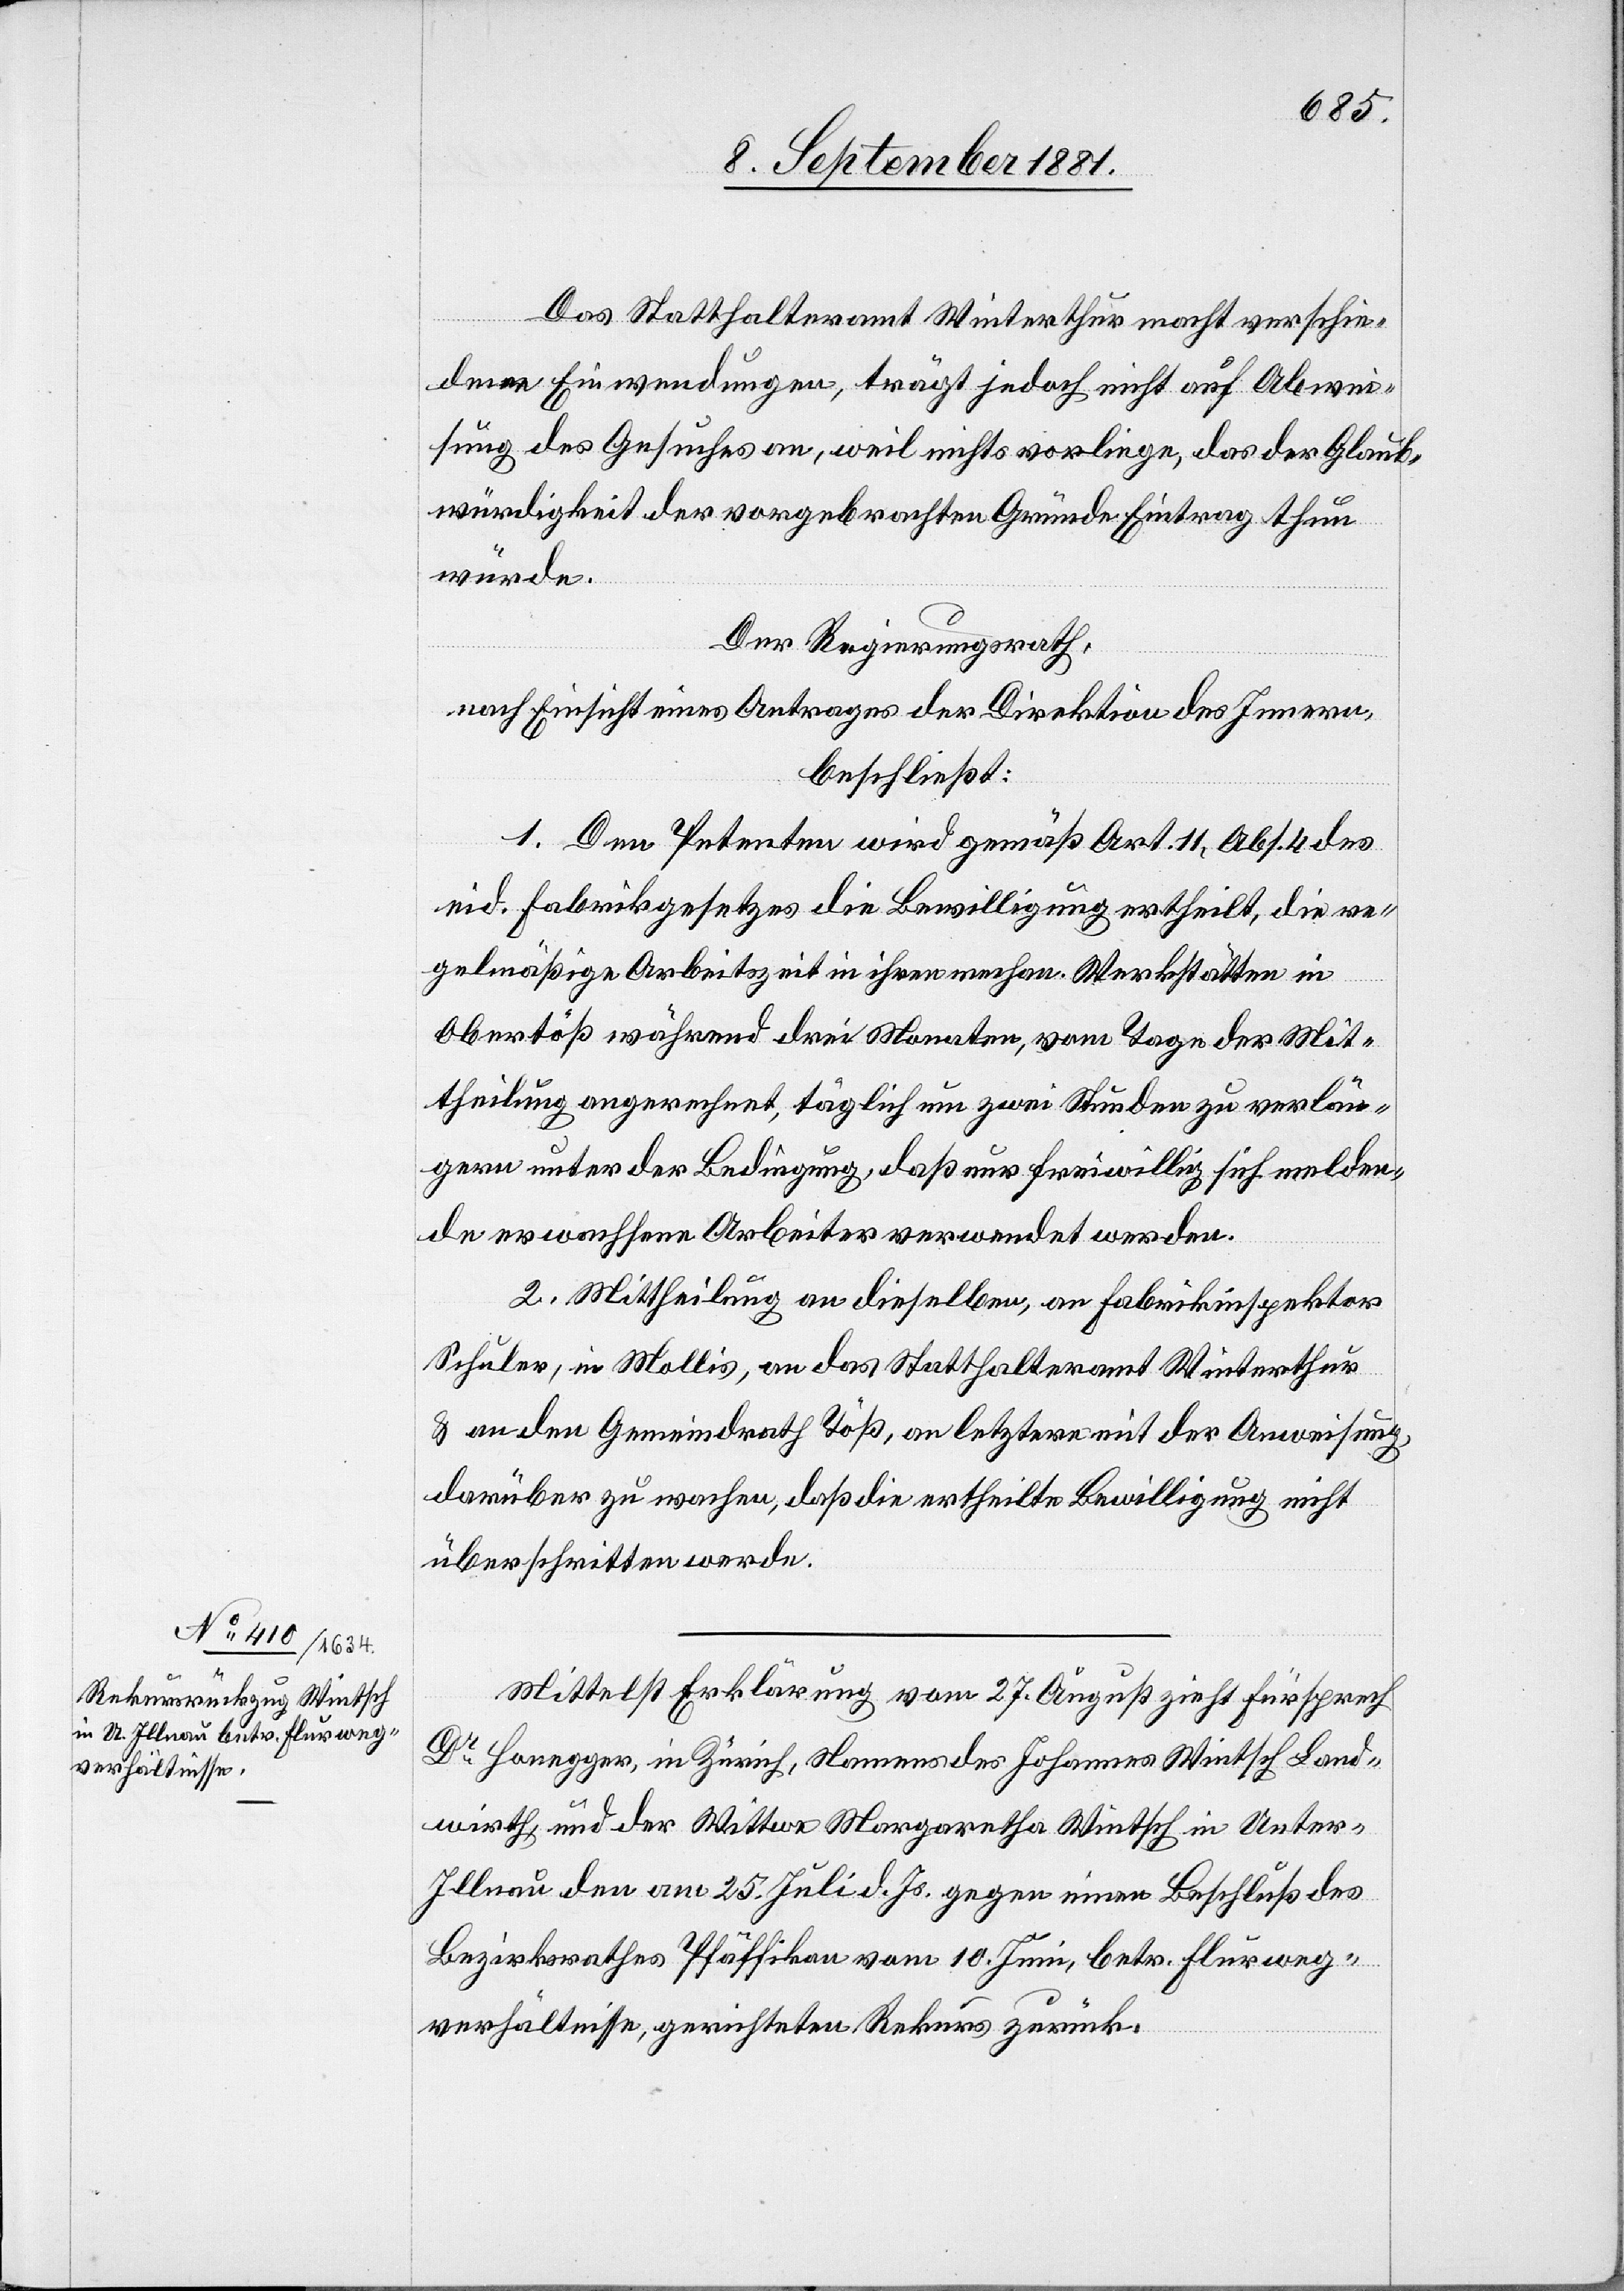
Das Statthalteramt Winterthur macht verschie¬
dene Einwendungen, trägt jedoch nicht auf Abwei¬
sung des Gesuches an, weil nichts vorliege, das der Glaub¬
würdigkeit der vorgebrachten Gründe Eintrag thun
würde.
verlän¬
Der Regierungsrath,
nach Einsicht eines Antrages der Direktion des Innern,
beschließt:
1. Dem Petenten wird gemäß Art. 11, Abs. 4 des
eid. Fabrikgesetzes die Bewilligung ertheilt, die re¬
gelmäßige Arbeitszeit in ihren mechan. Werkstätten in
Obertöß während drei Monaten, täglich um zwei St¬
gern unter der Bedingung, daß nur freiwillig sich melden¬
de erwachsene Arbeiter verwendet werden.
2. Mittheilung an dieselben, an Fabrikinspektor
Schuler, in Mollis, an das Statthalteramt Winterthur
& an den Gemeindrath Töß, an letztere mit der Anweisung,
darüber zu wachen, daß die ertheilte Bewilligung nicht
überschritten werde.
Mittelst Erklärung vom 27. August zieht Fürsprech
Dr Honegger, in Zürich, Namens des Johannes Wintsch Land¬
wirth, und der Wittwe Margaretha Wintsch in Unter-I¬
llnau den am 25. Juli d. Js. gegen einen Beschluß des
Bezirksrathes Pfäffikon vom 10. Juni, betr. Flurweg¬
verhältnisse, gerichteten Rekurs zurück.